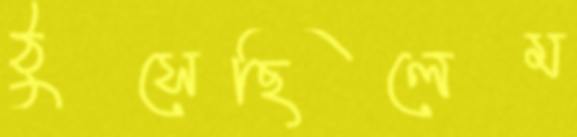
ঠুসেছিলেম